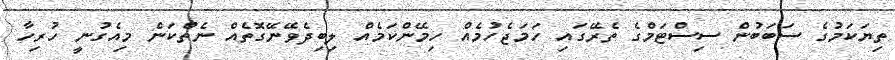
ތިޔަކަމުގެ ސަބަބުން ސިސްޓަމްގެ ތެރޭގައި ހަމަޖެހުމެއް ހިމޭންކަމެއް ލިބިދެވޭނޭގޮތެއް ނެތްކަން މިއެގުނީ ހުރިހާ